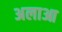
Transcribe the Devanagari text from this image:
अलाआ